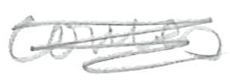
Text: comes
Cross-out: mix
Writing tool: pencil